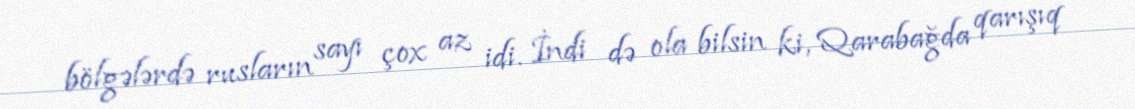
bölgələrdə rusların sayı çox az idi. İndi də ola bilsin ki, Qarabağda qarışıq